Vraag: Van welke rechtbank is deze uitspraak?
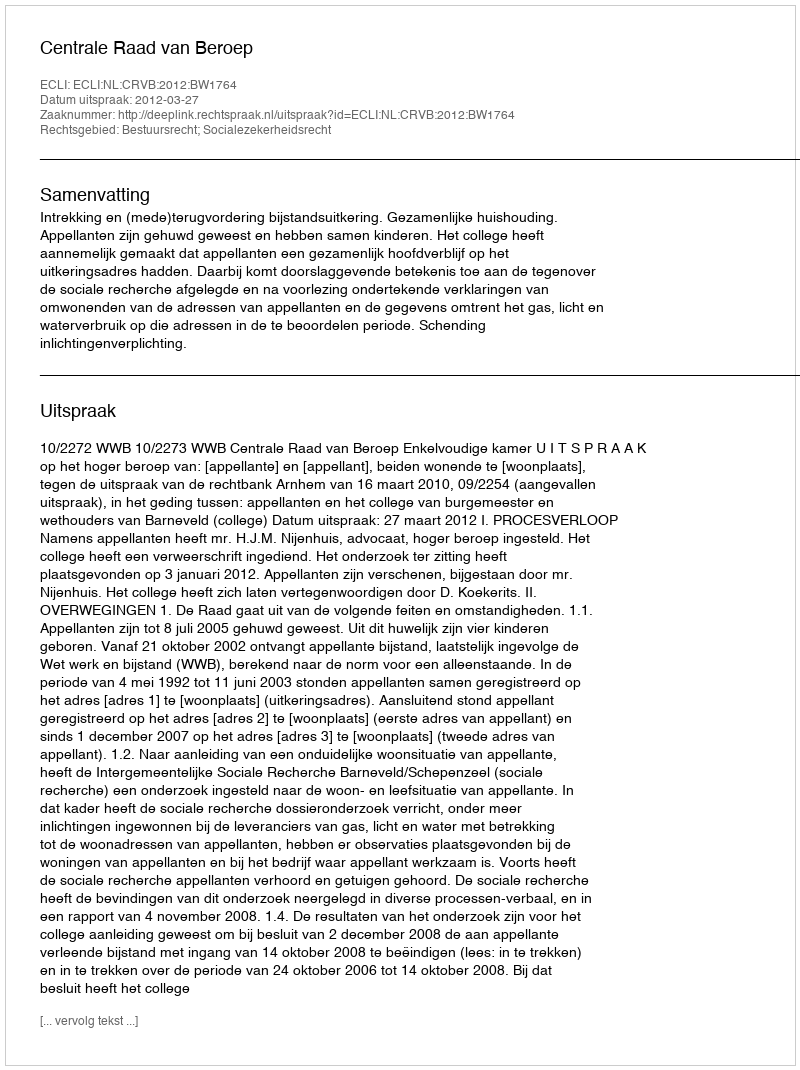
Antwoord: Centrale Raad van Beroep